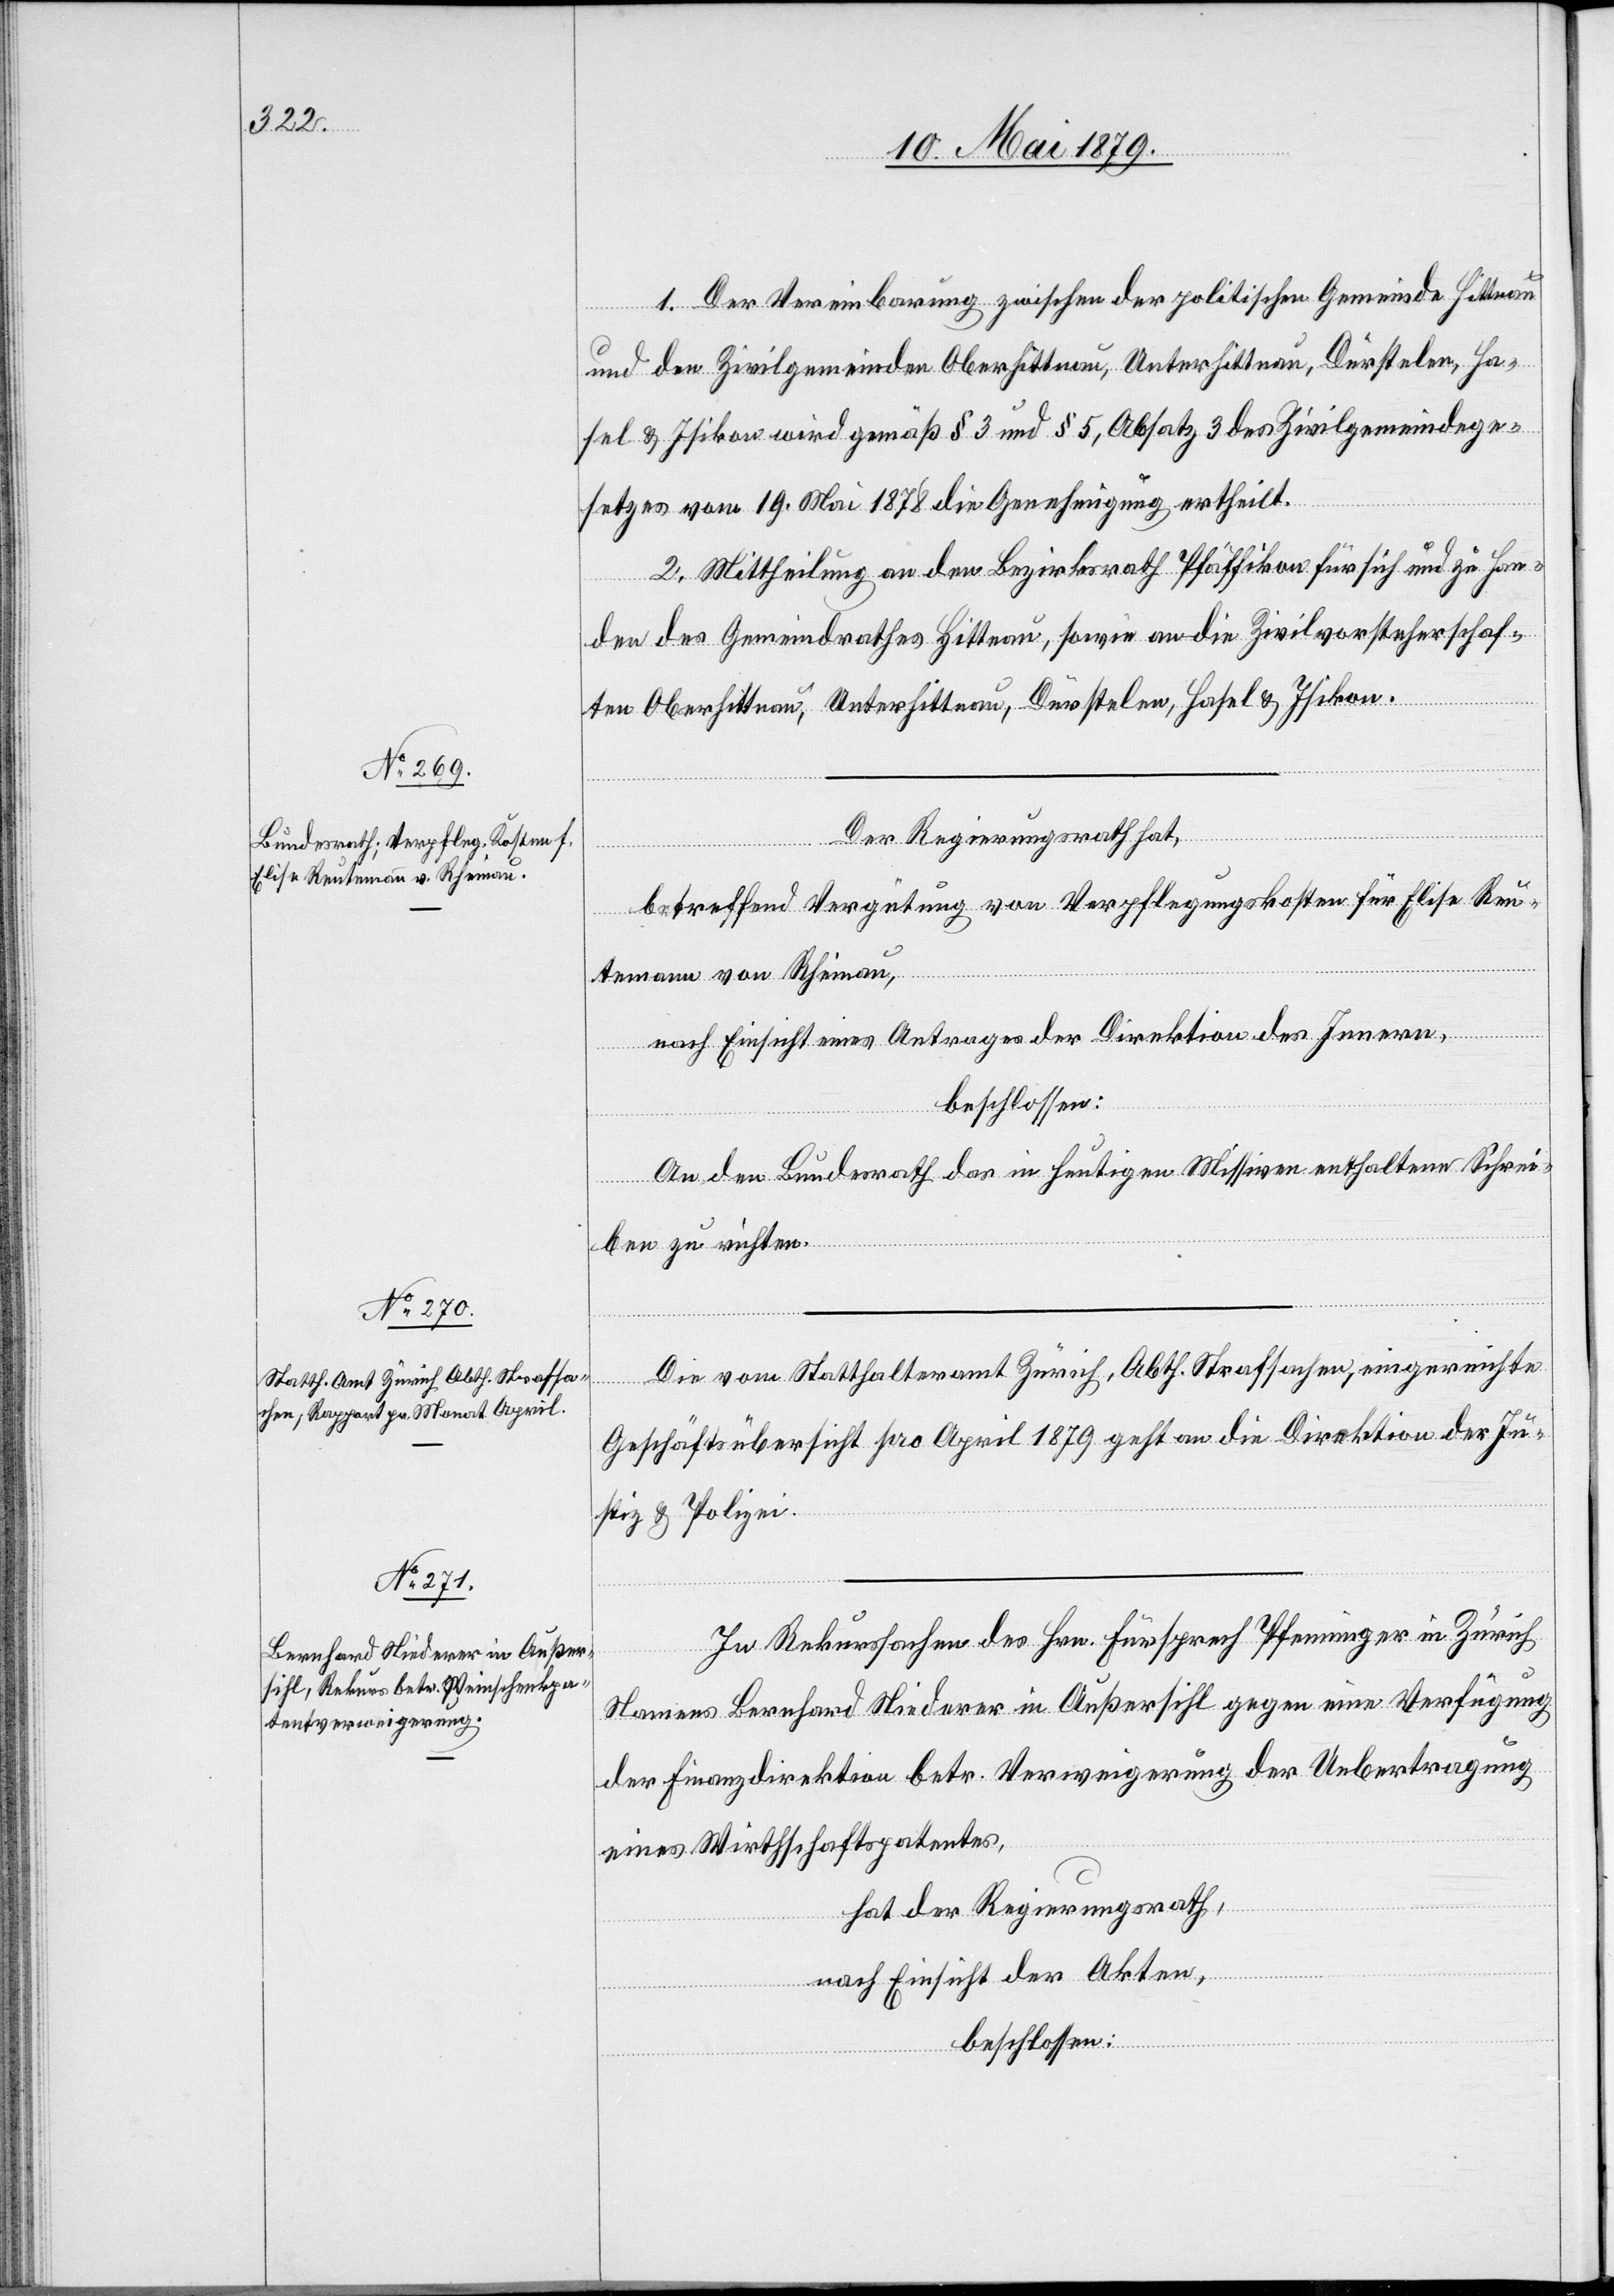
1. Der Vereinbarung zwischen der politischen Gemeinde Hittnau
und den Zivilgemeinden Oberhittnau, Unterhittnau, Dürstelen, Ha¬
sel & Isikon wird gemäß § 3 und § 5, Absatz 3 des Zivilgemeindege¬
setzes vom 19. Mai 1878 die Genehmigung ertheilt.
2. Mittheilung an den Bezirksrath Pfäffikon für sich und zu Han¬
den des Gemeindrathes Hittnau, sowie an die Zivilvorsteherschaf¬
ten Oberhittnau, Unterhittnau, Dürstelen, Hasel & Isikon.
Der Regierungsrath hat,
betreffend Vergütung von Verpflegungskosten für Elise Reu¬
temann von Rheinau,
nach Einsicht eines Antrages der Direktion des Innern,
beschlossen:
An den Bundesrath das in heutigen Missiven enthaltene Schrei¬
ben zu richten.
Die vom Statthalteramt Zürich, Abth. Strafsachen, eingereichte
Geschäftsübersicht pro April 1879 geht an die Direktion der Ju¬
stiz & Polizei.
In Rekurssachen des Hrn. Fürsprech Pfenninger in Zürich
Namens Bernhard Niederer in Außersihl gegen eine Verfügung
der Finanzdirektion betr. Verweigerung der Uebertragung
eines Wirthschaftspatentes,
hat der Regierungsrath,
nach Einsicht der Akten,
beschlossen: